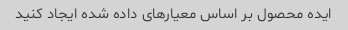
ایده محصول بر اساس معیارهای داده شده ایجاد کنید